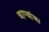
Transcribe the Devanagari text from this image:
धाग्यांचा